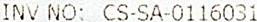
INV NO: CS-SA-0116031